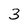
Character: 3